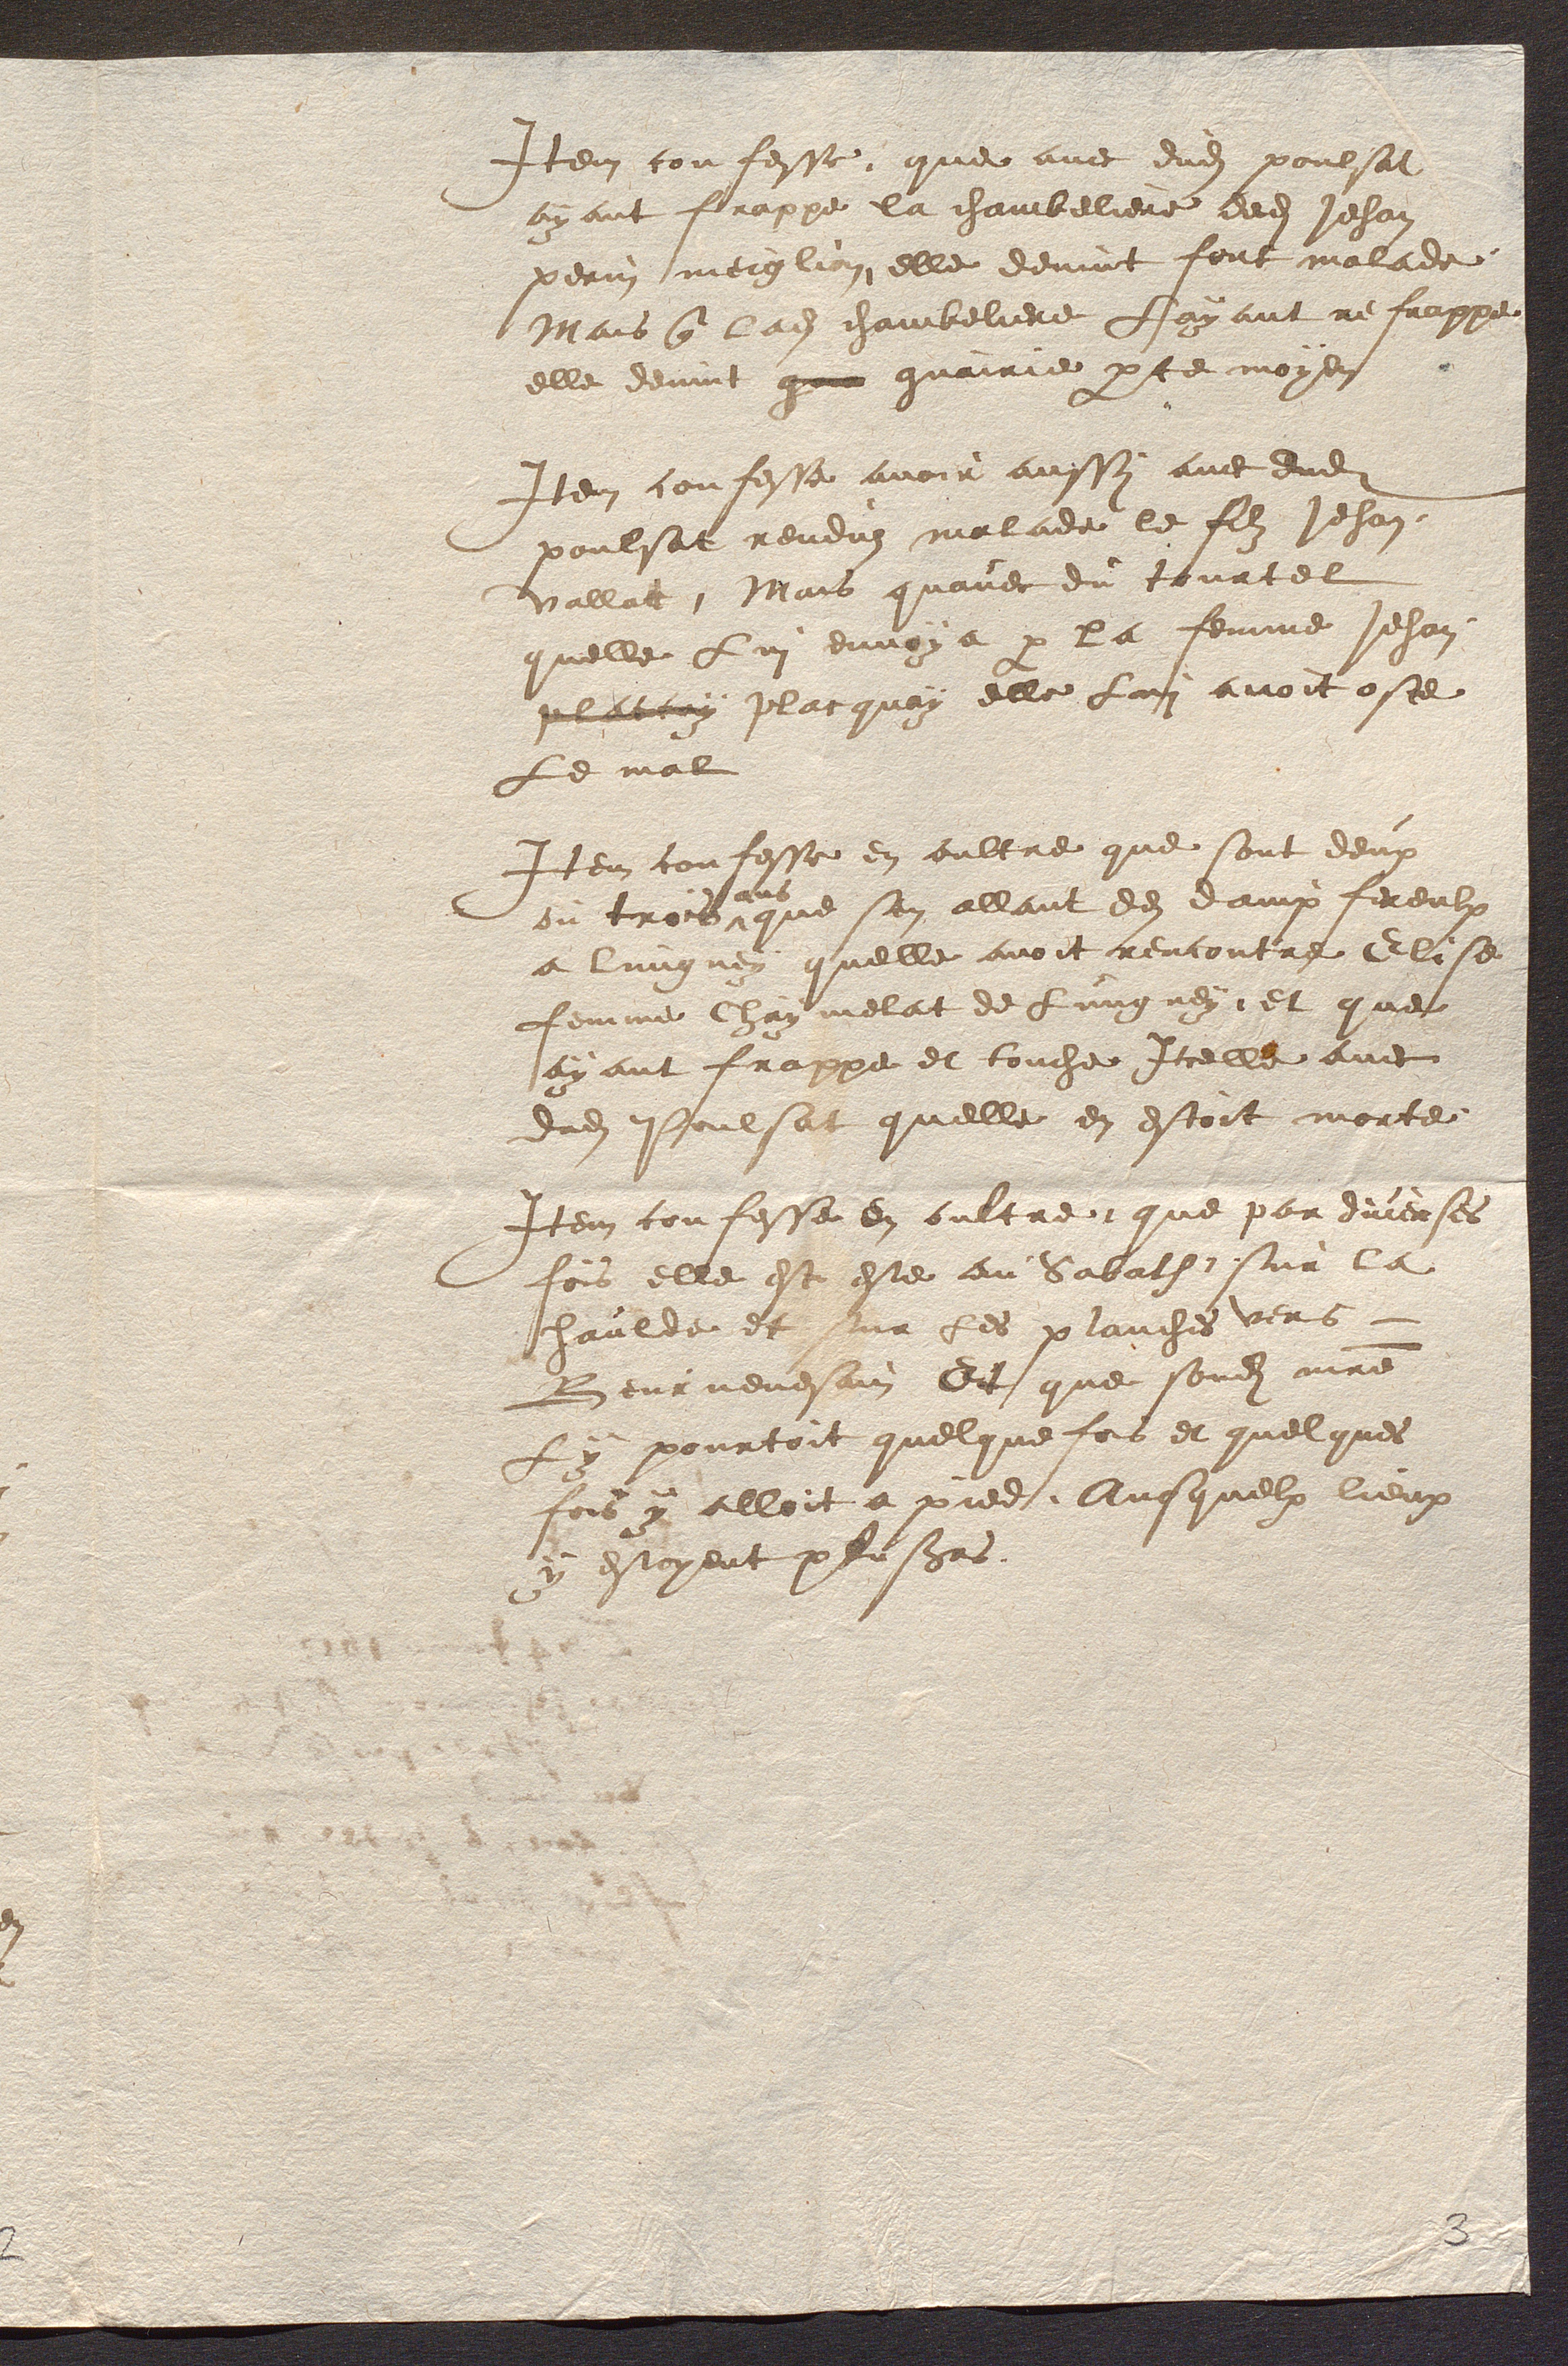
Item confesse que avec dudit poulsat
ayant frappe la chambeliere dedit Jehan
perin meiglion elle devint fout malade
Mais que ladite chambeliere Layant refrappe
elle devint gue guairie par ce moyen
Item confesse avoir aussi avec dudit
poulsat renduz malade le filz Jehan
vallat Mais quavec du tourtel
quelle Lui envoya par la femme Jehan
placcuy placquoy elle Lui avoit oste
le mal
Item confesse en oultre que sont deux
ou trois
ans
que sen allant de dampfereulx
a lungnoy quelle avoit rencontre Elise
femme Chaymelat de Lungney, et que
ayant frappe et touche Icelle avec
dudit Poulsat quelle en estoit morte
Item confesse en oultre que par diverses
fois elle est este au Sabath sur la
Chaulde et sur les planches vers
Beurnevesain Dit que sondit maitre
ly pourtoit quelque fois et quelques
fois y alloit a pied Aussquelx lieux
y estoyent plusieurs